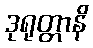
ဒုရုတ္တာနိ